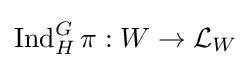
\operatorname {Ind} _{H}^{G}\pi :W\to {\mathcal {L}}_{W}